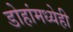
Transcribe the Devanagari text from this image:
डोहांमध्येही